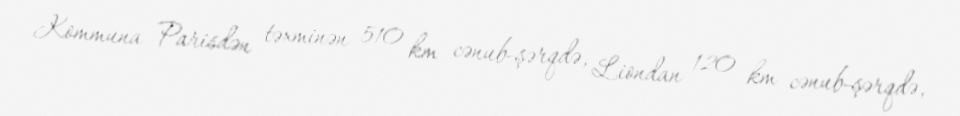
Kommuna Parisdən təxminən 510 km cənub-şərqdə, Liondan 120 km cənub-şərqdə,